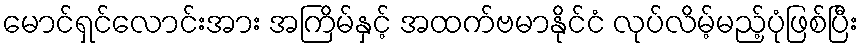
မောင်ရှင်လောင်းအား အကြိမ်နှင့် အထက်ဗမာနိုင်ငံ လုပ်လိမ့်မည့်ပုံဖြစ်ပြီး